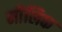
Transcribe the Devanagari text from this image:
माैलिक